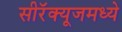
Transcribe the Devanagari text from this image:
सीरॅक्यूजमध्ये